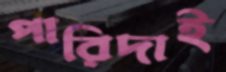
পারিদাই